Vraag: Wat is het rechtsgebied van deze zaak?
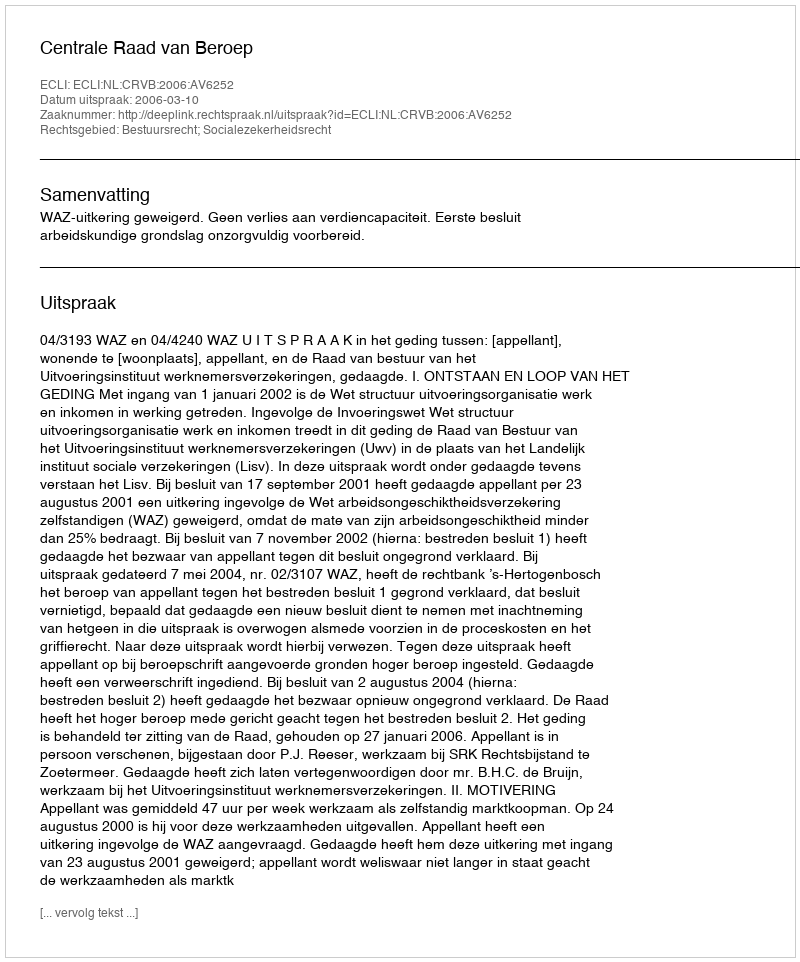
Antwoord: Bestuursrecht; Socialezekerheidsrecht